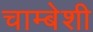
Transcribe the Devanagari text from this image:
चाम्बेशी